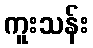
ကူးသန်း